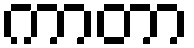
ကာတာ